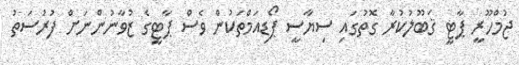
ޖުމްހޫރީ ޕާޓީ ޤަބޫލުކުރާ ގޮތުގައި ސިޔާސީ ޕޯޑިއަމްތަކުން ވެސް ޕާޓީގެ ޒުވާނުންނަށް ފުރުސަތު